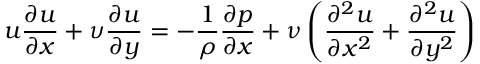
u { \frac { \partial u } { \partial x } } + \upsilon { \frac { \partial u } { \partial y } } = - { \frac { 1 } { \rho } } { \frac { \partial p } { \partial x } } + { \nu } \left( { \frac { \partial ^ { 2 } u } { \partial x ^ { 2 } } } + { \frac { \partial ^ { 2 } u } { \partial y ^ { 2 } } } \right)